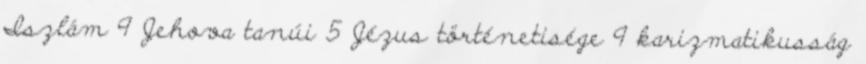
Iszlám 9 Jehova tanúi 5 Jézus történetisége 9 karizmatikusság